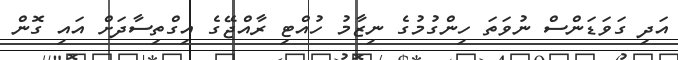
އަދި ގަވަޑަންސް ނުވަތަ ހިންގުމުގެ ނިޒާމު ހުއްޓި ރާއްޖޭގެ އިގްތިސާދަށް އައި ގޮން